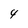
Character: 4